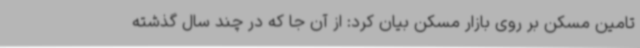
تامین مسکن بر روی بازار مسکن بیان کرد: از آن جا که در چند سال گذشته